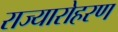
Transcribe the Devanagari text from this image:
राज्यारोहरण